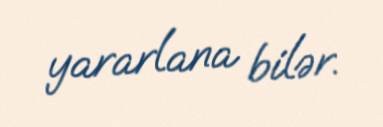
yararlana bilər.